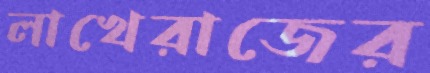
লাখেরাজের